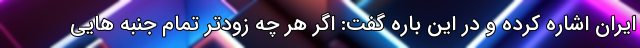
ایران اشاره کرده و در این باره گفت: اگر هر چه زودتر تمام جنبه هایی